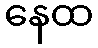
နေထ